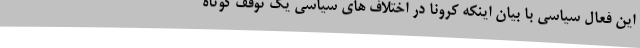
این فعال سیاسی با بیان اینکه کرونا در اختلاف های سیاسی یک توقف کوتاه